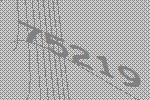
75219